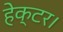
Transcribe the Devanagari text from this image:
हेक्‍टर।